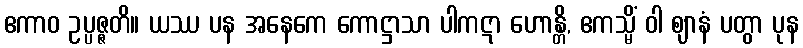
ဧကာဝ ဥပ္ပဇ္ဇတိ။ ယဿ ပန အနေကေ ကောဋ္ဌာသာ ပါကဋာ ဟောန္တိ, ဧကသ္မိံ ဝါ ဈာနံ ပတွာ ပုန